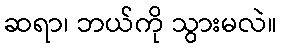
ဆရာ၊ ဘယ်ကို သွားမလဲ။